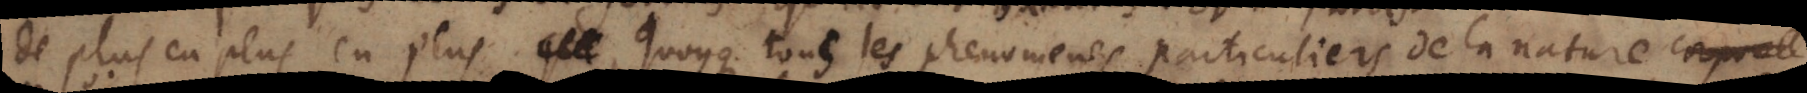
de plus en plus quoyque tous les phenomenes particuliers de la nature